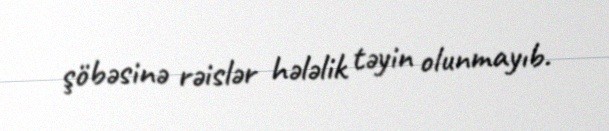
şöbəsinə rəislər hələlik təyin olunmayıb.